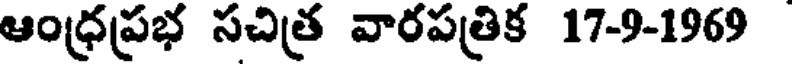
ఆంధ్రప్రభ సచిత్ర వారపత్రిక 17-9-1969